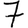
Digit: 7